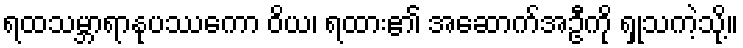
ရထသမ္ဘာရာနုပဿကော ဝိယ၊ ရထား၏ အဆောက်အဦကို ရှုသကဲ့သို့။